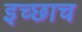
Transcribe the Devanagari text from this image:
इच्छाच